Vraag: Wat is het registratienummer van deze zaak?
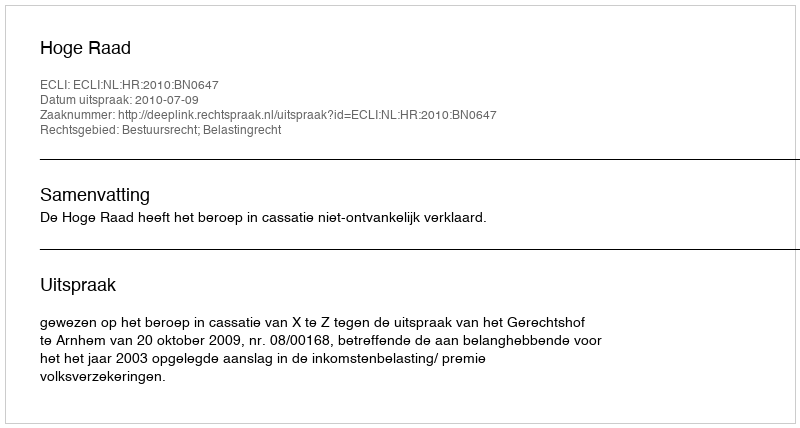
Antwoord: http://deeplink.rechtspraak.nl/uitspraak?id=ECLI:NL:HR:2010:BN0647